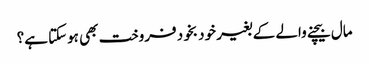
مال بیچنے والے کے بغیر خود بخود فروخت بھی ہوسکتا ہے؟